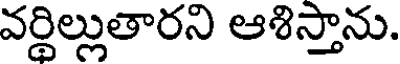
వర్థిల్లుతారని ఆశిస్తాను.